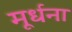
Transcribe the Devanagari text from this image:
मूर्धना